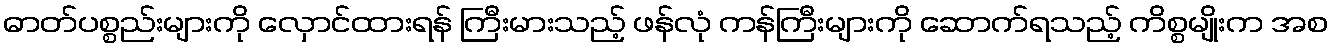
ဓာတ်ပစ္စည်းများကို လှောင်ထားရန် ကြီးမားသည့် ဖန်လုံ ကန်ကြီးများကို ဆောက်ရသည့် ကိစ္စမျိုးက အစ